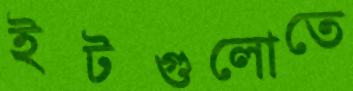
ইটগুলোতে